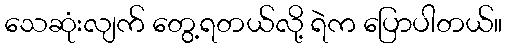
သေဆုံးလျက် တွေ့ရတယ်လို့ ရဲက ပြောပါတယ်။